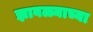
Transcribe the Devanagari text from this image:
झावळ्याच्या